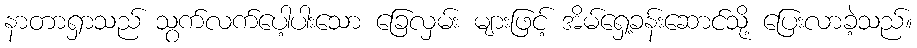
နာတာရှာသည် သွက်လက်ပေါ့ပါးသော ခြေလှမ်း များဖြင့် အိမ်ရှေ့ခန်းဆောင်သို့ ပြေးလာခဲ့သည်။